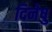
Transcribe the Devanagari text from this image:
दिनेषु